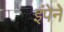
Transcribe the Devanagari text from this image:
इंपेने